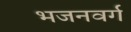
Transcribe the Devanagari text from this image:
भजनवर्ग